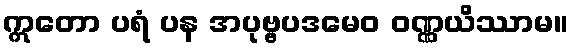
ဣတော ပရံ ပန အပုဗ္ဗပဒမေဝ ဝဏ္ဏယိဿာမ။